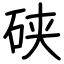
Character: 硖